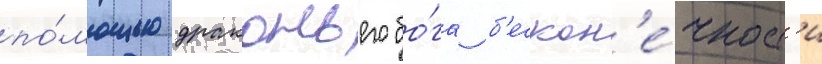
по́мощью драконьего бо́га б'ескон'е́чност'и